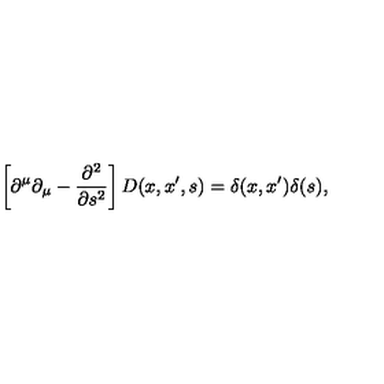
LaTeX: \left[ \partial ^ { \mu } \partial _ { \mu } - \frac { \partial ^ { 2 } } { \partial s ^ { 2 } } \right] D ( x , x ^ { \prime } , s ) = \delta ( x , x ^ { \prime } ) \delta ( s ) ,